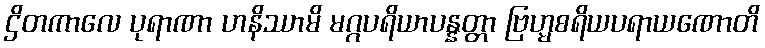
ဌိတကာလေ ပုရာဏာ ဟနိဿာမိ မဂ္ဂပရိယာပန္နတ္တာ ဗြဟ္မစရိယပရာယဏောတိ